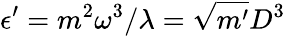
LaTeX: \epsilon^{\prime}=m^{2}\omega^{3}/\lambda=\sqrt{m^{\prime}}D^{3}